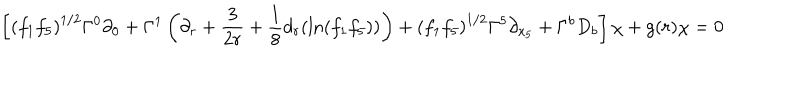
LaTeX: \left[ \left( f _ { 1 } f _ { 5 } \right) ^ { 1 / 2 } \Gamma ^ { 0 } \partial _ { 0 } + \Gamma ^ { 1 } \left( \partial _ { r } + \frac { 3 } { 2 r } + \frac { 1 } { 8 } d _ { r } ( \ln ( f _ { 1 } f _ { 5 } ) ) \right) + \left( f _ { 1 } f _ { 5 } \right) ^ { 1 / 2 } \Gamma ^ { 5 } \partial _ { x _ { 5 } } + \Gamma ^ { b } D _ { b } \right] \chi + g ( r ) \chi = 0